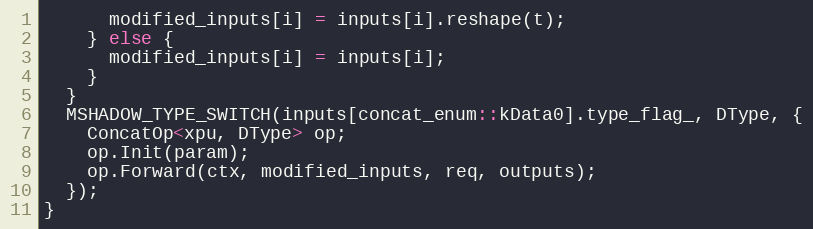
Language: C
      modified_inputs[i] = inputs[i].reshape(t);
    } else {
      modified_inputs[i] = inputs[i];
    }
  }
  MSHADOW_TYPE_SWITCH(inputs[concat_enum::kData0].type_flag_, DType, {
    ConcatOp<xpu, DType> op;
    op.Init(param);
    op.Forward(ctx, modified_inputs, req, outputs);
  });
}